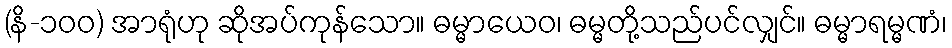
(နိ-၁၀၀) အာရုံဟု ဆိုအပ်ကုန်သော။ ဓမ္မာယေဝ၊ ဓမ္မတို့သည်ပင်လျှင်။ ဓမ္မာရမ္မဏံ၊